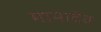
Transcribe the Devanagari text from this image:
मामादेव